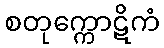
စတုက္ကောဋိကံ